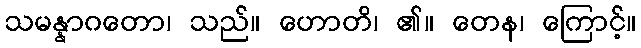
သမန္နာဂတော၊ သည်။ ဟောတိ၊ ၏။ တေန၊ ကြောင့်။